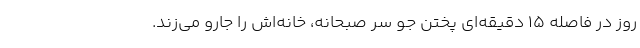
روز در فاصله 15 دقیقه‌ای پختن جو سر صبحانه، خانه‌اش را جارو می‌زند.